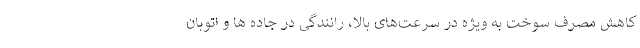
کاهش مصرف سوخت به ویژه در سرعت‌های بالا، رانندگی در جاده ها و اتوبان